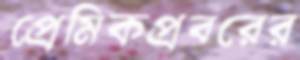
প্রেমিকপ্রবরের